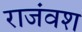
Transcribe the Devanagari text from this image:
राजंवश